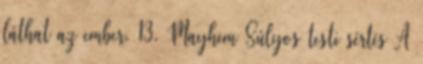
láthat az ember. 13. Mayhem Súlyos testi sértés A